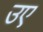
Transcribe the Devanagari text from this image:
उए